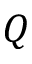
Q